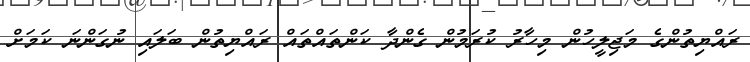
ރައްޔިތުންގެ މަޖިލީހުން މިހާރު ކުރަމުން ގެންދާ ކަންތައްތައް ރައްޔިތުން ބަލައި ނުގަންނަ ކަމަށް